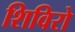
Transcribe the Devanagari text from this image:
शिविरो